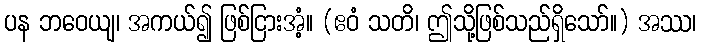
ပန ဘဝေယျ၊ အကယ်၍ ဖြစ်ငြားအံ့။ (ဧဝံ သတိ၊ ဤသို့ဖြစ်သည်ရှိသော်။) အဿ၊